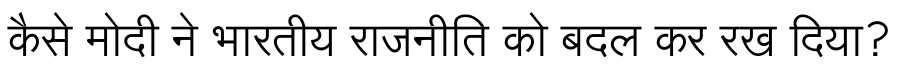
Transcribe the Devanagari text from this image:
कैसे मोदी ने भारतीय राजनीति को बदल कर रख दिया?